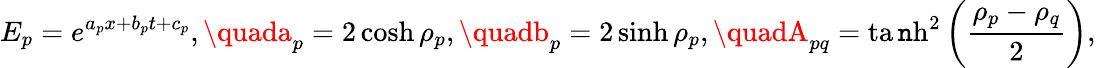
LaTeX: E_{p}=e^{a_{p}x+b_{p}t+c_{p}},\quada_{p}=2\cosh\rho_{p},\quadb_{p}=2\sinh\rho_{p},\quadA_{pq}=\operatorname{ta\mathtt{n}h}^{2}\left(\frac{{\rho_{p}-\rho_{q}}}{{2}}\right),